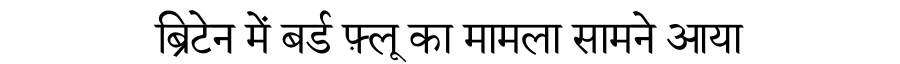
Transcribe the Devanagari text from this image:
ब्रिटेन में बर्ड फ़्लू का मामला सामने आया